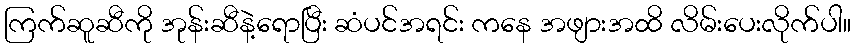
ကြက်ဆူဆီကို အုန်းဆီနဲ့ရောပြီး ဆံပင်အရင်း ကနေ အဖျားအထိ လိမ်းပေးလိုက်ပါ။